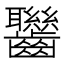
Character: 𪚀